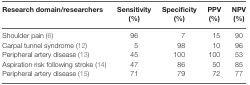
| Research domain/researchers | Sensitivity (%) | Specificity (%) | PPV (%) | NPV (%) |
 | --- | --- | --- | --- | --- |
 | Shoulder pain (6) | 96 | 7 | 15 | 90 |
 | Carpal tunnel syndrome (12) | 5 | 98 | 10 | 96 |
 | Peripheral artery disease (13) | 45 | 100 | 100 | 53 |
 | Aspiration risk following stroke (14) | 47 | 86 | 50 | 85 |
 | Peripheral artery disease (15) | 71 | 79 | 72 | 77 |